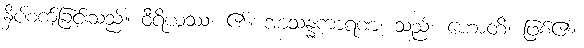
နှိပ်စက်ခြင်းသည်။ ဝီရိယဿ၊ ၏။ အာသန္နကာရဏံ၊ သည်။ ဟောတိ၊ ဖြစ်၏။